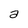
Character: a